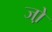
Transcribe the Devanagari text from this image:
जो़